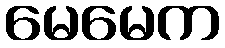
မေမေက